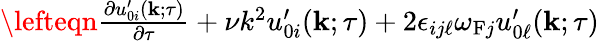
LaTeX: \begin{array}{rlr}{\lefteqn{\frac{\partial u_{0i}^{\prime}({\mathbf{k}};\tau)}{\partial\tau}+\nu k^{2}u_{0i}^{\prime}({\mathbf{k}};\tau)+2\epsilon_{ij\ell}\omega_{\mathrm{{F}}j}u_{0\ell}^{\prime}({\mathbf{k}};\tau)}}\end{array}